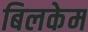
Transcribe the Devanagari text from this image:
बिलकेम